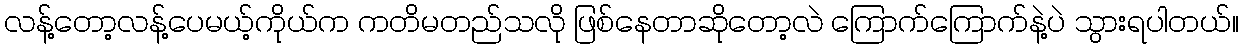
လန့်တော့လန့်ပေမယ့်ကိုယ်က ကတိမတည်သလို ဖြစ်နေတာဆိုတော့လဲ ကြောက်ကြောက်နဲ့ပဲ သွားရပါတယ်။